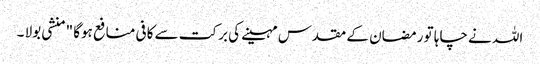
اللہ نے چاہا تو رمضان کے مقدس مہینے کی برکت سے کافی منافع ہوگا " منشی بولا ۔